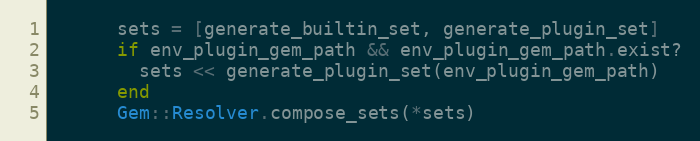
Language: Ruby
      sets = [generate_builtin_set, generate_plugin_set]
      if env_plugin_gem_path && env_plugin_gem_path.exist?
        sets << generate_plugin_set(env_plugin_gem_path)
      end
      Gem::Resolver.compose_sets(*sets)